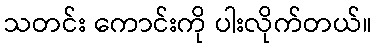
သတင်း ကောင်းကို ပါးလိုက်တယ်။